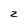
Character: z